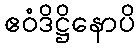
ဧဝံဒိဋ္ဌိနောပိ